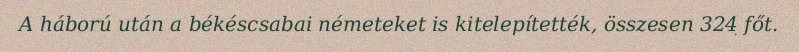
A háború után a békéscsabai németeket is kitelepítették, összesen 324 főt.